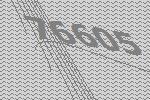
76605